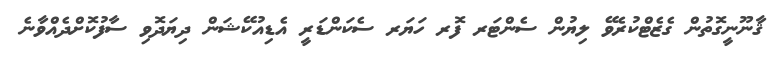
ޤާނޫނީގޮތުން ގެޒެޓްކުރެވޭ ލިޔުން ސެންޓަރ ފޮރ ހަޔަރ ސެކަންޑަރީ އެޑިއުކޭޝަން ދިޔަދޮވި ސާފުކޮށްދެއްވާނެ